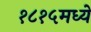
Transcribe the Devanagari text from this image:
१८१५मध्ये